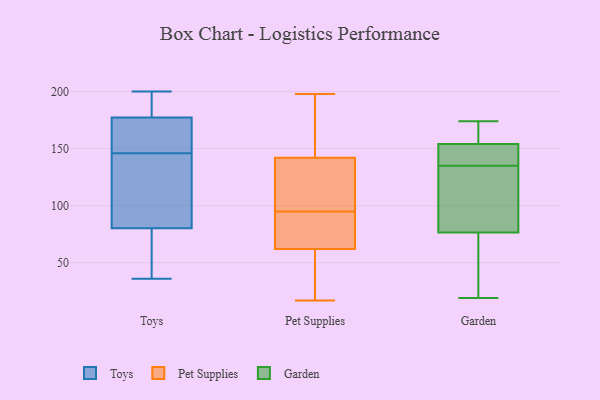
{"axis": {"x": "Demand Index", "y": "Value"}, "legend": ["Garden", "Pet Supplies", "Toys"], "data": [{"x": "", "y": 184, "type": "Toys"}, {"x": "", "y": 195, "type": "Toys"}, {"x": "", "y": 40, "type": "Toys"}, {"x": "", "y": 200, "type": "Toys"}, {"x": "", "y": 36, "type": "Toys"}, {"x": "", "y": 157, "type": "Toys"}, {"x": "", "y": 127, "type": "Toys"}, {"x": "", "y": 99, "type": "Toys"}, {"x": "", "y": 74, "type": "Toys"}, {"x": "", "y": 146, "type": "Toys"}, {"x": "", "y": 153, "type": "Toys"}, {"x": "", "y": 140, "type": "Pet Supplies"}, {"x": "", "y": 142, "type": "Pet Supplies"}, {"x": "", "y": 198, "type": "Pet Supplies"}, {"x": "", "y": 109, "type": "Pet Supplies"}, {"x": "", "y": 175, "type": "Pet Supplies"}, {"x": "", "y": 85, "type": "Pet Supplies"}, {"x": "", "y": 62, "type": "Pet Supplies"}, {"x": "", "y": 92, "type": "Pet Supplies"}, {"x": "", "y": 28, "type": "Pet Supplies"}, {"x": "", "y": 144, "type": "Pet Supplies"}, {"x": "", "y": 17, "type": "Pet Supplies"}, {"x": "", "y": 71, "type": "Pet Supplies"}, {"x": "", "y": 20, "type": "Pet Supplies"}, {"x": "", "y": 98, "type": "Pet Supplies"}, {"x": "", "y": 157, "type": "Garden"}, {"x": "", "y": 48, "type": "Garden"}, {"x": "", "y": 122, "type": "Garden"}, {"x": "", "y": 174, "type": "Garden"}, {"x": "", "y": 151, "type": "Garden"}, {"x": "", "y": 150, "type": "Garden"}, {"x": "", "y": 24, "type": "Garden"}, {"x": "", "y": 86, "type": "Garden"}, {"x": "", "y": 29, "type": "Garden"}, {"x": "", "y": 153, "type": "Garden"}, {"x": "", "y": 143, "type": "Garden"}, {"x": "", "y": 165, "type": "Garden"}, {"x": "", "y": 98, "type": "Garden"}, {"x": "", "y": 101, "type": "Garden"}, {"x": "", "y": 19, "type": "Garden"}, {"x": "", "y": 135, "type": "Garden"}, {"x": "", "y": 158, "type": "Garden"}]}